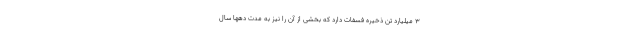
3 میلیارد تن ذخیره فسفات دارد که بخشی از آن را نیز به مدت دهها سال